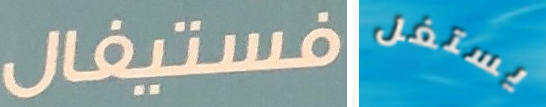
فستيفال يستغل